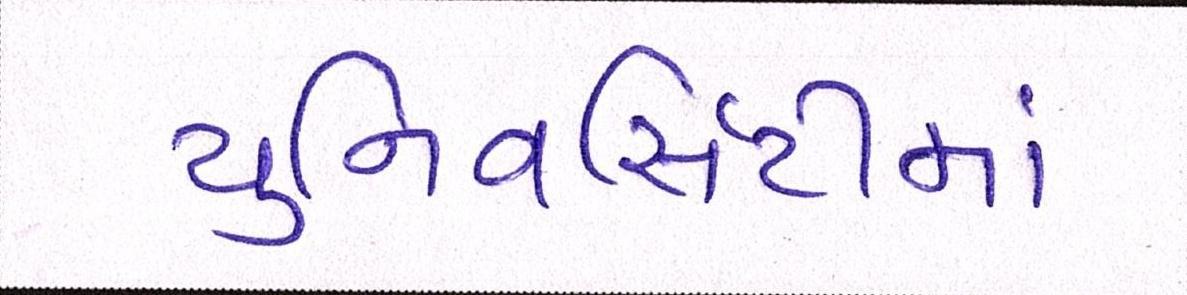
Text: યુનિવર્સિટીમાં